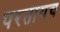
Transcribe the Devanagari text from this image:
परतायच